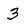
Character: 3